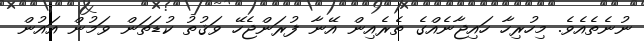
ނުނެތެއެވެ. މިހުރިހާ ހައިޖާނެއްގެ ތެރެއިން އޭނާ ފުރަންޖެހޭ ވަޤުތު ކުޑަތަން ވަމުން އައުން